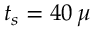
t _ { s } = 4 0 \, \mu